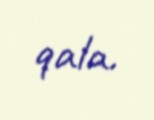
qala.